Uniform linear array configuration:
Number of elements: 4
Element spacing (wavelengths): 1
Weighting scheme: cosine
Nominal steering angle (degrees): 60
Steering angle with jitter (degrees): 60.098
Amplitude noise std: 0.05
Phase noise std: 0.05

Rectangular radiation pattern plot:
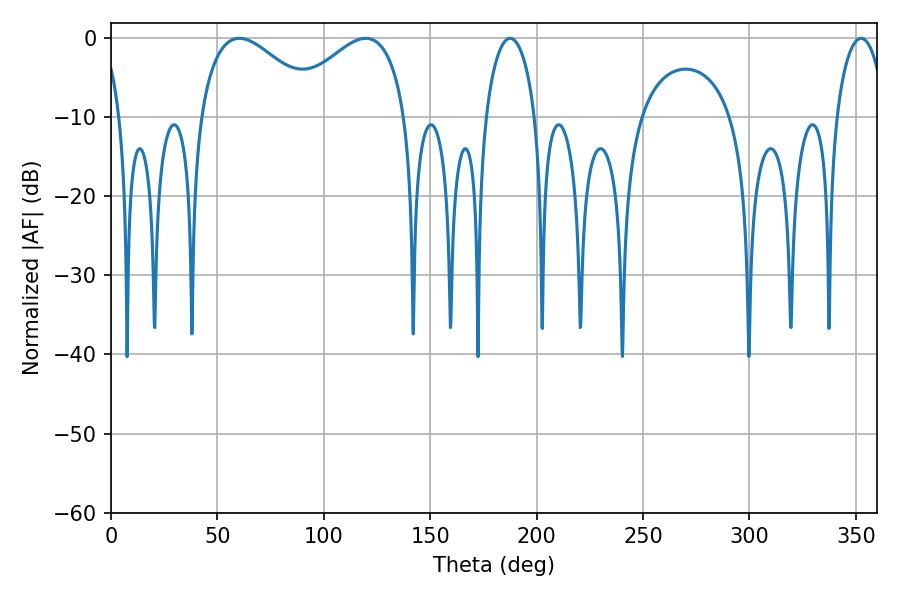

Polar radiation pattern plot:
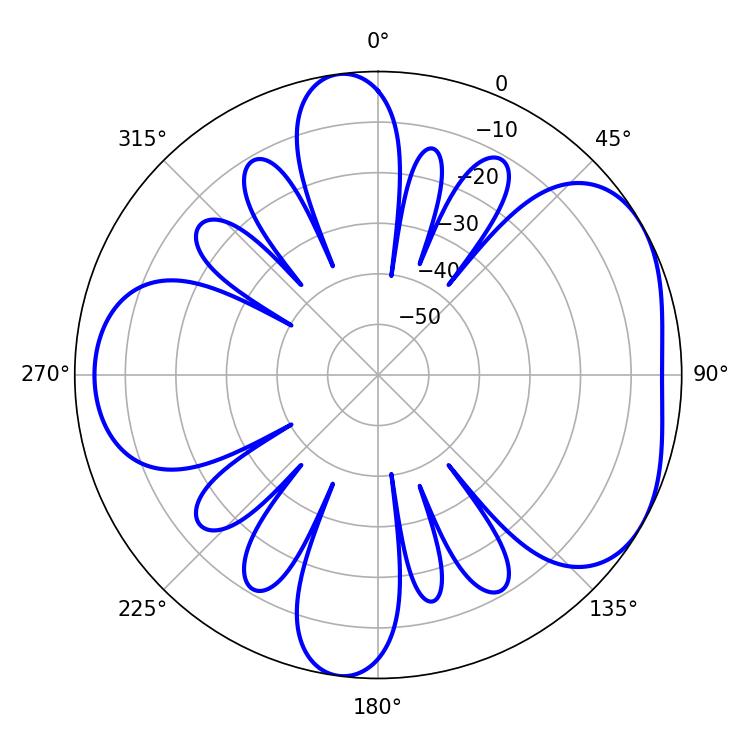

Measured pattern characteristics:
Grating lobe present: TRUE
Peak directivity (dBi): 4.704
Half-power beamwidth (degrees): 31.14
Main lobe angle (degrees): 60.3